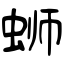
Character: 蛳